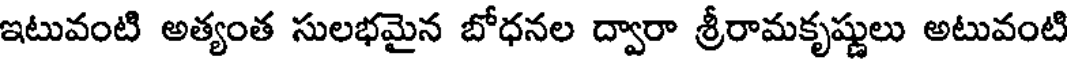
ఇటువంటి అత్యంత సులభమైన బోధనల ద్వారా శ్రీరామకృష్ణులు అటువంటి